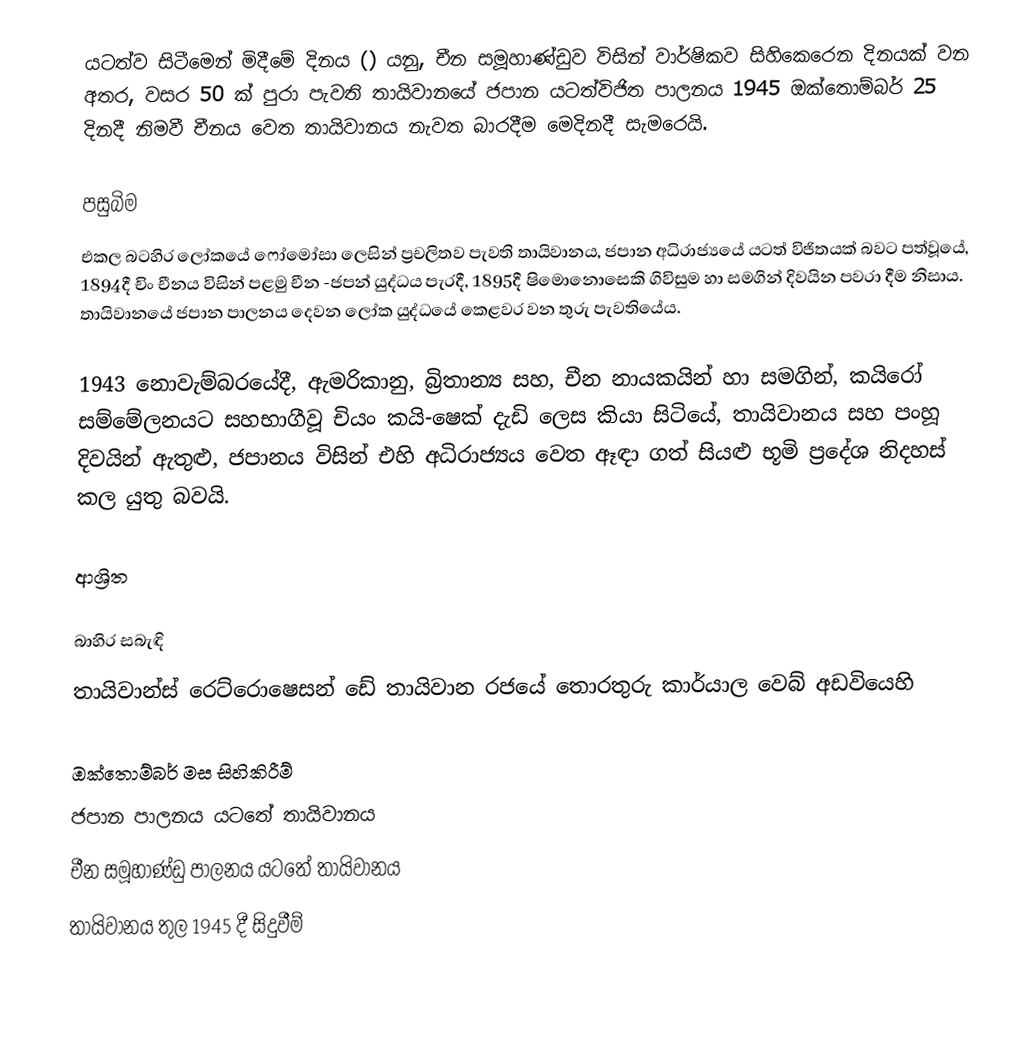
යටත්ව සිටීමෙන් මිදීමේ දිනය () යනු, චීන සමූහාණ්ඩුව විසින් වාර්ෂිකව සිහිකෙරෙන දිනයක් වන අතර, වසර 50 ක් පුරා පැවති   තායිවානයේ ජපාන යටත්විජිත පාලනය 1945 ඔක්තොම්බර් 25 දිනදී  නිමවී චීනය වෙත තායිවානය නැවත බාරදීම මෙදිනදී සැමරෙයි.

පසුබිම
එකල බටහිර ලෝකයේ ෆෝමෝසා ලෙසින් ප්‍රචලිතව පැවති තායිවානය, ජපාන අධිරාජ්‍යයේ යටත් විජිතයක් බවට පත්වූයේ,  1894දී  චිං චීනය විසින් පළමු චීන -ජපන් යුද්ධය පැරදී, 1895දී  ෂිමොනොසෙකි ගිවිසුම හා සමගින් දිවයින පවරා දීම නිසාය. තායිවානයේ ජපාන පාලනය දෙවන ලෝක යුද්ධයේ කෙළවර වන තුරු පැවතියේය.

1943 නොවැම්බරයේදී, ඇමරිකානු, බ්‍රිතාන්‍ය සහ, චීන නායකයින් හා සමගින්,  කයිරෝ සම්මේලනයට සහභාගීවූ චියං කයි-ෂෙක් දැඩි ලෙස කියා සිටියේ, තායිවානය සහ පංහූ දිවයින් ඇතුළු,  ජපානය විසින් එහි අධිරාජ්‍යය වෙත ඈඳා ගත් සියළු භූමි ප්‍රදේශ නිදහස් කල යුතු බවයි.

ආශ්‍රිත

බාහිර සබැඳි
 තායිවාන්ස් රෙට්රොෂෙසන් ඩේ තායිවාන රජයේ තොරතුරු කාර්යාල වෙබ් අඩවියෙහි

ඔක්තොම්බර් මස සිහිකිරීම්
ජපාන පාලනය යටතේ තායිවානය
චීන සමූහාණ්ඩු පාලනය යටතේ තායිවානය
 තායිවානය තුල 1945 දී සිදුවීම්